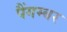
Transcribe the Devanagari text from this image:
पैंगम्‍बर